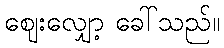
ဈေးလျှော့ ခေါ်သည်။